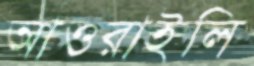
আওরাইলি